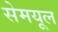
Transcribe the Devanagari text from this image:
सेमयूल